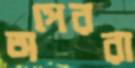
অপেররা